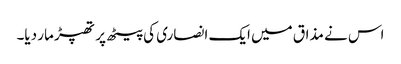
اس نے مذاق میں ایک انصاری کی پیٹھ پر تھپڑ مار دیا۔